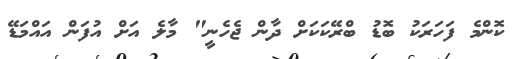
ކޮންމެ ފަހަރަކު ބޮޑު ބްރޭކަކަށް ދާން ޖެހެނީ" މާލެ އަށް އުފަން އައްމަޑޭ